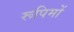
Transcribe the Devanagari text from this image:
रूपिमों